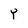
Character: Y